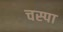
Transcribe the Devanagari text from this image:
चस्‍पा